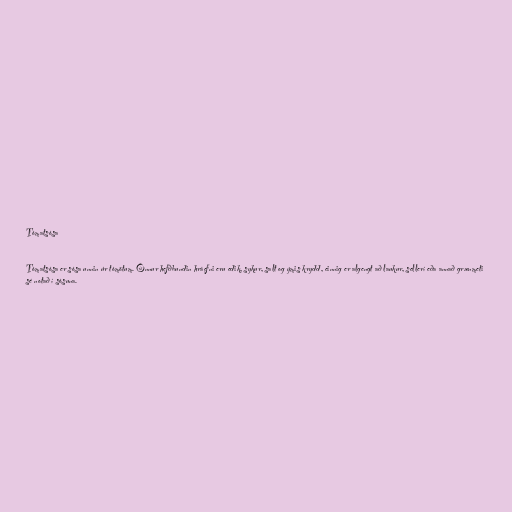
Tómatsósa

Tómatsósa er sósa unnin úr tómötum. Önnur hefðbundin hráefni eru edik, sykur, salt og ýmis krydd, einnig er algengt að laukur, sellerí eða annað grænmeti
sé notað í sósuna.